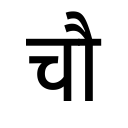
OCR:
चौ